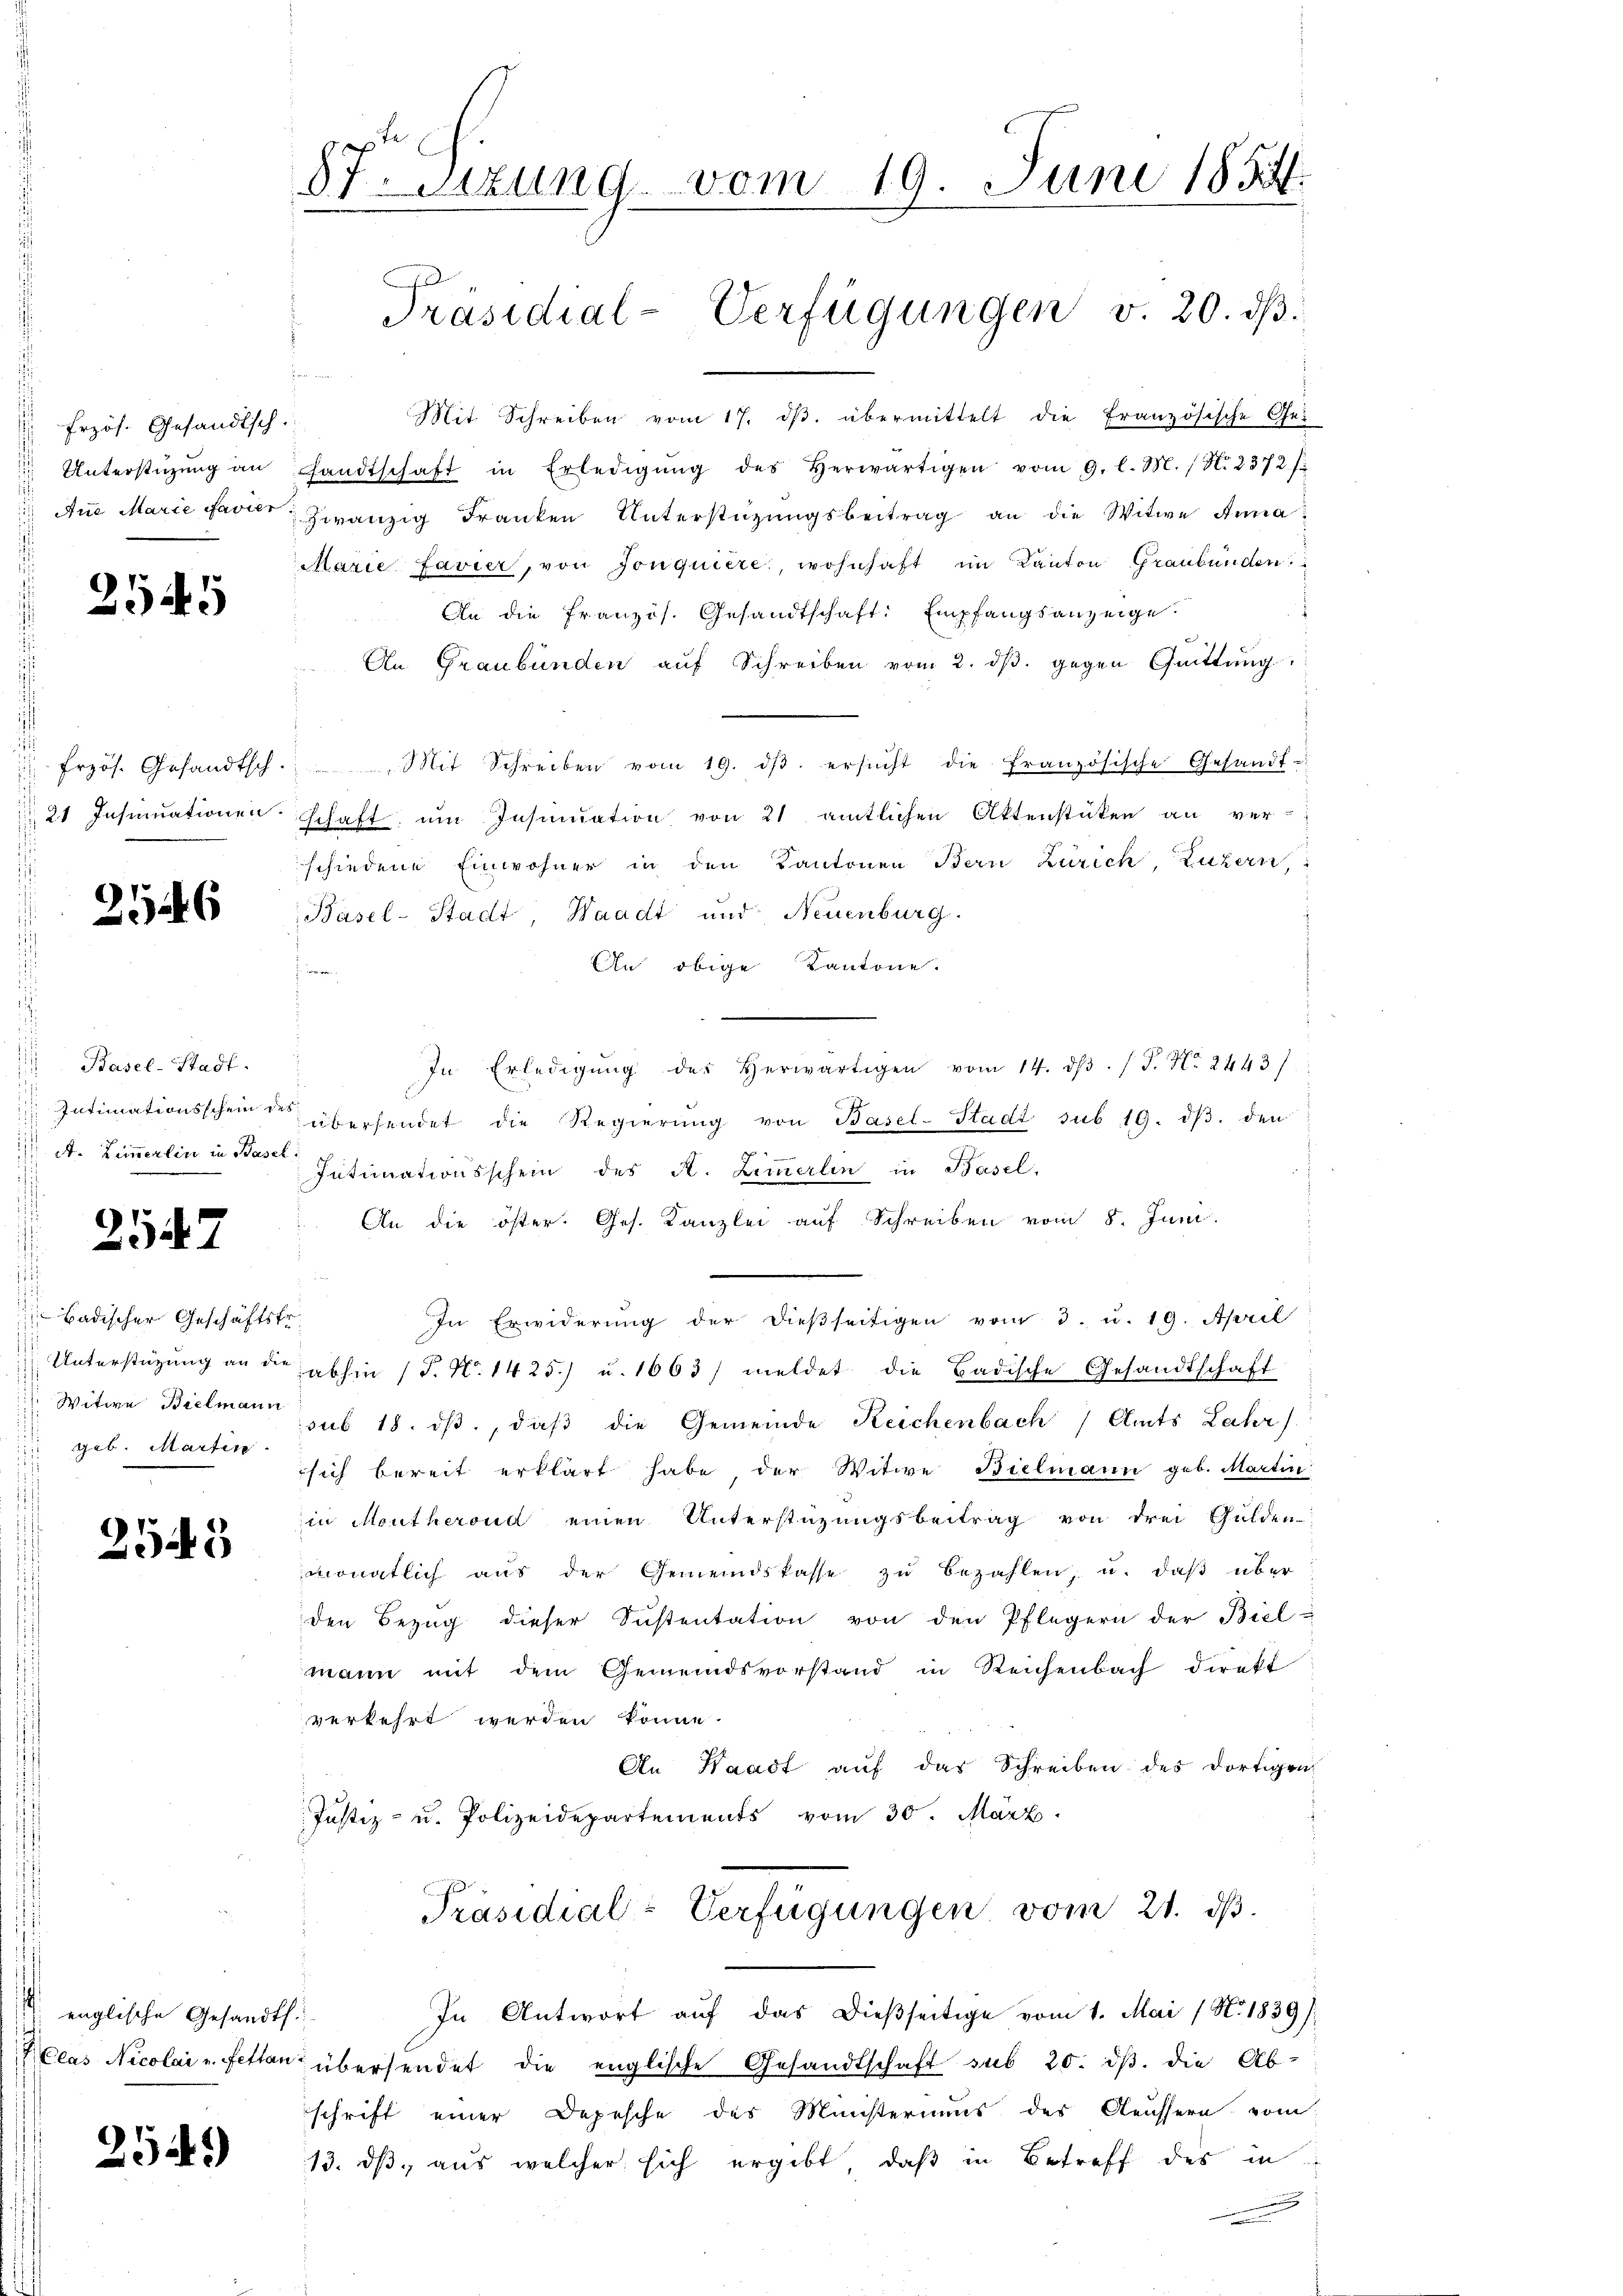
Erzös. Gesandtsch.
s
Unterstüzung an
Anne Marie Favier

2545

frzös. Gesandtsch.
21 Insinuationen

2126

Basel-Stadt.
Intimationsschein des
A. Zimmerlin in Basel.

2547

badischer Geschäftst
Unterstüzung an die
 Witwe Bielmann
geb. Marten

2545

englische Gesandts
.
Kclas Nicolai v. Fettan

2549)

57. Sizung vom 19. Juni 1854.
Präsidial-Verfügungen v. 20. dβ.

Mit Schreiben vom 17. dβ. übermittelt die Französische Gesandtschaft in Erledigŭng des herwärtigen vom 9. l. M. / N. 2372 f.
zwanzig Franken Unterstüzungsbeitrag an die Witwe Anna¬
Marie Favier, von Jonquiere, wohnhaft im Kanton Graubünden
An die französ. Gesandtschaft: Empfangsanzeige
An Graubünden aŭf Schreiben vom 2. dβ. gegen Quittung
it Schreiben vom 19. dβ ersŭcht die französische Gesandt-
schaft um Insinuation von 21 amtlichen Aktenstücken an ver-
schiedene Einwohner in den Kantonen Bern Zürich Luzern,
Basel-Stadt, Waadt und Neuenburg.
An obige Kantone.

In Erledigŭng der Herwärtigen vom 14. dβ. P. Nr. 2443
übersendet die Regierŭng von Basel-Stadt sub 19. dβ. den
Intimationsschein des A. Zimmerlin in Basel.
An die öster. Ges. Kanzlei aŭf Schreiben vom 8. Juni.
In Erwiderŭng der dießseitigen vom 3. u. 19. April
abhin (T. N. 1425) u. 1663/ meldet die Badische Gesandtschaft
sub 18. dβ, daβ die Gemeinde Reichenbach Amts Lahr)
sich bereit erklärt habe der Witwe Bielmann geb. Martin
in Montherond einen Unterstüzungsbeitrag von drei Gulden
monatlich aŭs der Gemeindskasse zŭ bezahlen, u. daβ über
den Bezŭg dieser Sŭstentation von den Pflegern der Biel-
mann mit dem Gemeindsvorstand in Reichenbach direkt
verkehrt werden könne.
An Waadt auf das Schreiben des dortigra
Justiz- u. Polizeidepartements vom 30. März.
Präsidial-Verfügungen vom 21. ds.
In Antwort aŭf das dießseitige vom 1. Mai / No. 1839)
übersendet die englische Gesandtschaft sub 20. ds. die Ab-
schrift einer Depesche des Münsteriums des Aeussern vom
13. ds aus welcher sich ergibt, daß in Betreff des in